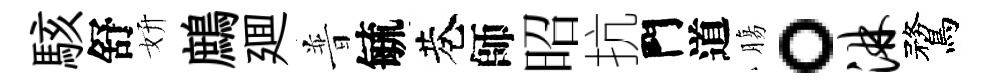
駭舒妍鷓廽普毓巷師昭抗門道膓。淋鶩